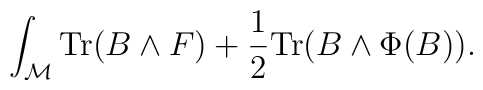
\int_{\cal M} {\rm Tr} (B\wedge F) + {1\over 2}{\rm Tr} (B\wedge \Phi(B)).